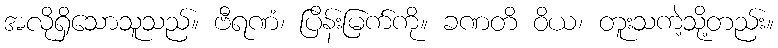
အလိုရှိသောသူသည်။ ဗီရဏံ၊ ပြိန်းမြက်ကို။ ခဏတိ ဝိယ၊ တူးသကဲ့သို့တည်း။